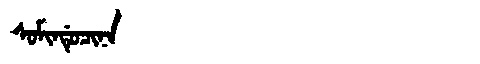
Manchu: ᠰᠣᠮᡳᠨᡩᡠᠴᡳᠨᠠ
Romanization: SOMINDUCINA